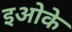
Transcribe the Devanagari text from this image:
इओके